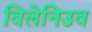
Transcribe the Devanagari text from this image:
विलेनिउव